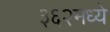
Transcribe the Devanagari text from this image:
३६२मध्ये